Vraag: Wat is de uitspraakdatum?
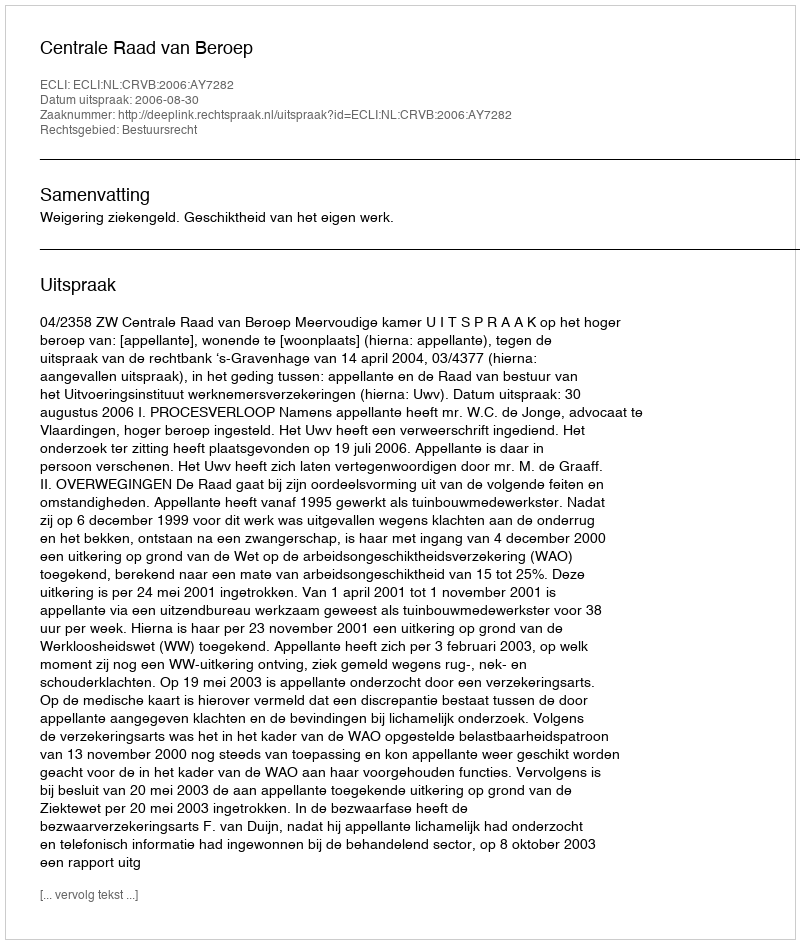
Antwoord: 2006-08-30